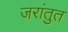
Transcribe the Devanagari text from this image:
जरांतुत